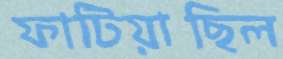
ফাটিয়াছিল